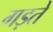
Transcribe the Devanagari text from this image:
गड़ते